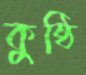
কুষ্ঠি